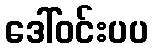
ဒေါ်ဝင်းပပ